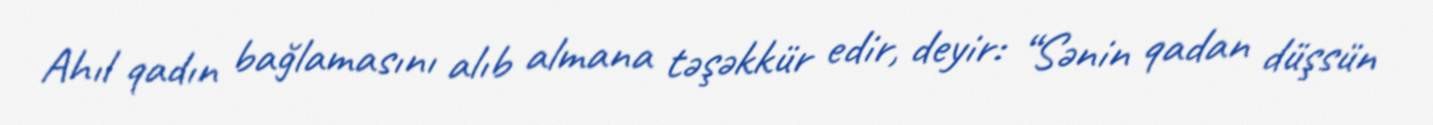
Ahıl qadın bağlamasını alıb almana təşəkkür edir, deyir: “Sənin qadan düşsün